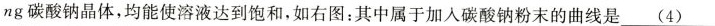
ng碳酸钠晶体，均能使溶液达到饱和，如右图：其中属于加入碳酸钠粉末的曲线是\underline{(4)}